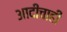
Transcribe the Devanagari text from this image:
आदींचाही